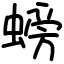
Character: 螃